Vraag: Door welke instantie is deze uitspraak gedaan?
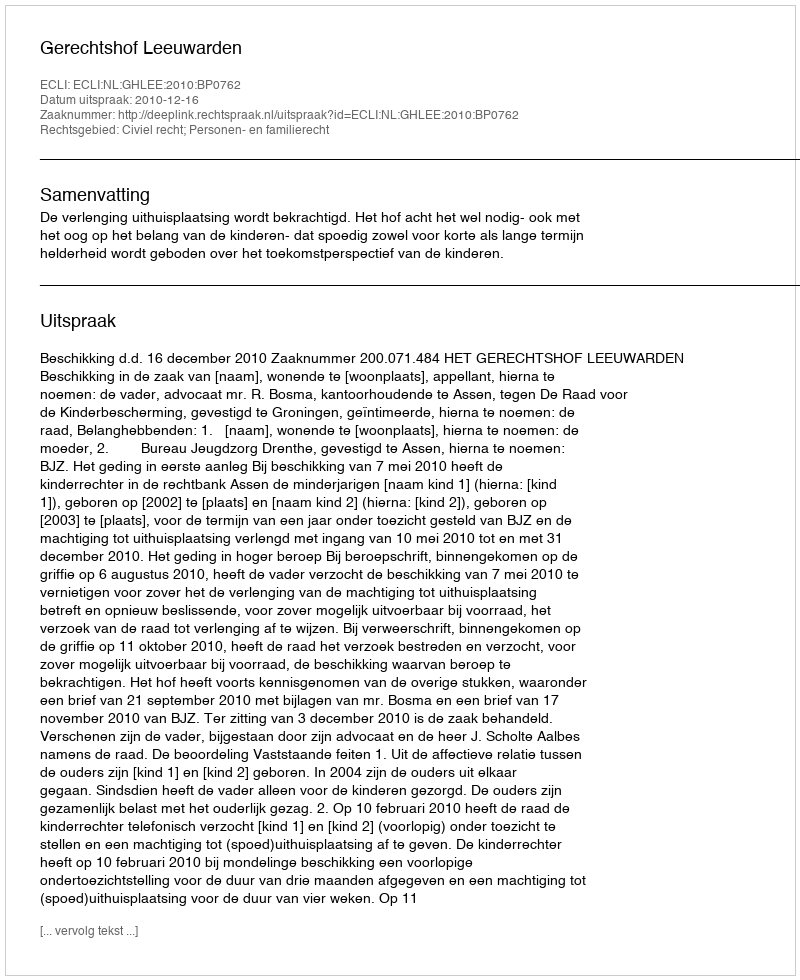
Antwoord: Gerechtshof Leeuwarden